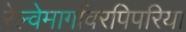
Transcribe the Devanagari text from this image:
रेल्वेमार्गावरपिपरिया